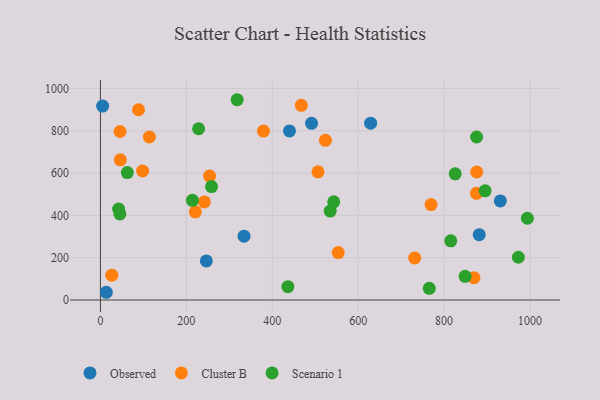
{"axis": {"x": "Price", "y": "Rating"}, "legend": ["Cluster B", "Observed", "Scenario 1"], "data": [{"x": "491.4", "y": 835.7, "type": "Observed"}, {"x": "5.1", "y": 917.1, "type": "Observed"}, {"x": "246.5", "y": 184.6, "type": "Observed"}, {"x": "629.0", "y": 836.3, "type": "Observed"}, {"x": "930.9", "y": 468.5, "type": "Observed"}, {"x": "13.7", "y": 36.5, "type": "Observed"}, {"x": "881.8", "y": 308.8, "type": "Observed"}, {"x": "334.3", "y": 301.7, "type": "Observed"}, {"x": "440.1", "y": 799.7, "type": "Observed"}, {"x": "220.9", "y": 417.0, "type": "Cluster B"}, {"x": "731.6", "y": 198.6, "type": "Cluster B"}, {"x": "523.8", "y": 754.9, "type": "Cluster B"}, {"x": "98.2", "y": 610.1, "type": "Cluster B"}, {"x": "88.7", "y": 899.8, "type": "Cluster B"}, {"x": "553.6", "y": 224.4, "type": "Cluster B"}, {"x": "242.0", "y": 463.7, "type": "Cluster B"}, {"x": "26.5", "y": 117.6, "type": "Cluster B"}, {"x": "46.3", "y": 662.9, "type": "Cluster B"}, {"x": "769.7", "y": 451.1, "type": "Cluster B"}, {"x": "869.6", "y": 105.1, "type": "Cluster B"}, {"x": "876.0", "y": 605.3, "type": "Cluster B"}, {"x": "379.5", "y": 798.9, "type": "Cluster B"}, {"x": "114.0", "y": 770.9, "type": "Cluster B"}, {"x": "254.0", "y": 586.2, "type": "Cluster B"}, {"x": "506.5", "y": 606.1, "type": "Cluster B"}, {"x": "467.7", "y": 920.8, "type": "Cluster B"}, {"x": "875.5", "y": 504.5, "type": "Cluster B"}, {"x": "45.7", "y": 796.8, "type": "Cluster B"}, {"x": "62.6", "y": 602.4, "type": "Scenario 1"}, {"x": "972.9", "y": 202.2, "type": "Scenario 1"}, {"x": "895.6", "y": 516.5, "type": "Scenario 1"}, {"x": "436.4", "y": 63.1, "type": "Scenario 1"}, {"x": "228.5", "y": 809.9, "type": "Scenario 1"}, {"x": "534.9", "y": 420.5, "type": "Scenario 1"}, {"x": "45.3", "y": 407.2, "type": "Scenario 1"}, {"x": "848.9", "y": 112.0, "type": "Scenario 1"}, {"x": "543.1", "y": 464.2, "type": "Scenario 1"}, {"x": "214.1", "y": 471.3, "type": "Scenario 1"}, {"x": "258.7", "y": 536.4, "type": "Scenario 1"}, {"x": "875.7", "y": 770.9, "type": "Scenario 1"}, {"x": "42.3", "y": 430.4, "type": "Scenario 1"}, {"x": "765.5", "y": 55.2, "type": "Scenario 1"}, {"x": "825.8", "y": 596.6, "type": "Scenario 1"}, {"x": "993.9", "y": 386.6, "type": "Scenario 1"}, {"x": "318.3", "y": 947.1, "type": "Scenario 1"}, {"x": "815.5", "y": 279.8, "type": "Scenario 1"}]}